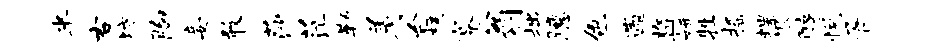
半右坊胸妾敢莎茫勒着台核蹇翁拙臆色遄监妍牲摇螺恨醇悦胥